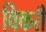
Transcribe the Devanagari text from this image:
विकरी